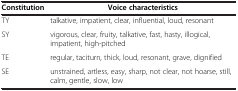
| Constitution | Voice characteristics |
 | --- | --- |
 | TY | talkative, impatient, clear, influential, loud, resonant |
 | SY | vigorous, clear, fruity, talkative, fast, hasty, illogical, impatient, high-pitched |
 | TE | regular, taciturn, thick, loud, resonant, grave, dignified |
 | SE | unstrained, artless, easy, sharp, not clear, not hoarse, still, calm, gentle, slow, low |